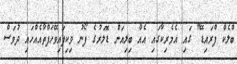
ބްލެކް ފްރައިޑޭ" ގައި އެމެރިކާގައި އެއް ބިލިއަން ޑޮލަރުގެ ފޯނު ވިކިފައިވޭހަފްތާއެއްހައި ދުވަސް